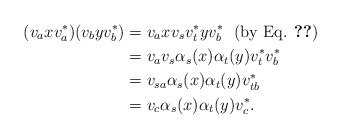
\begin{align*}(v_{a}xv_{a}^{*})(v_{b}yv_{b}^{*})&=v_{a}xv_{s}v_{t}^{*}yv_{b}^{*} ~~(\textrm{by Eq. \ref{isometries}}) \\ &=v_{a}v_{s}\alpha_{s}(x)\alpha_{t}(y)v_{t}^{*}v_{b}^{*} \\ &=v_{sa}\alpha_{s}(x)\alpha_{t}(y)v_{tb}^{*}\\ &=v_{c}\alpha_{s}(x)\alpha_{t}(y)v_{c}^{*}.\end{align*}